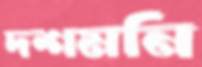
দশমনি